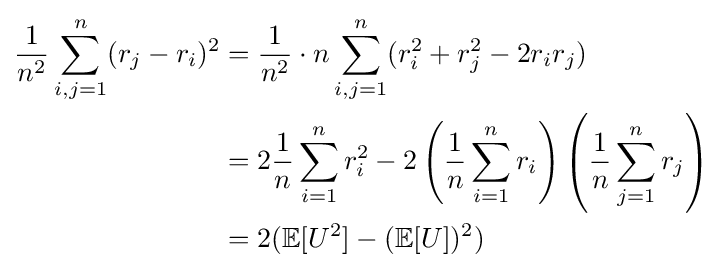
{\begin{aligned}{\frac {1}{n^{2}}}\sum _{i,j=1}^{n}(r_{j}-r_{i})^{2}&={\frac {1}{n^{2}}}\cdot n\sum _{i,j=1}^{n}(r_{i}^{2}+r_{j}^{2}-2r_{i}r_{j})\\&=2{\frac {1}{n}}\sum _{i=1}^{n}r_{i}^{2}-2\left({\frac {1}{n}}\sum _{i=1}^{n}r_{i}\right)\left({\frac {1}{n}}\sum _{j=1}^{n}r_{j}\right)\\&=2(\mathbb {E} [U^{2}]-(\mathbb {E} [U])^{2})\\\end{aligned}}